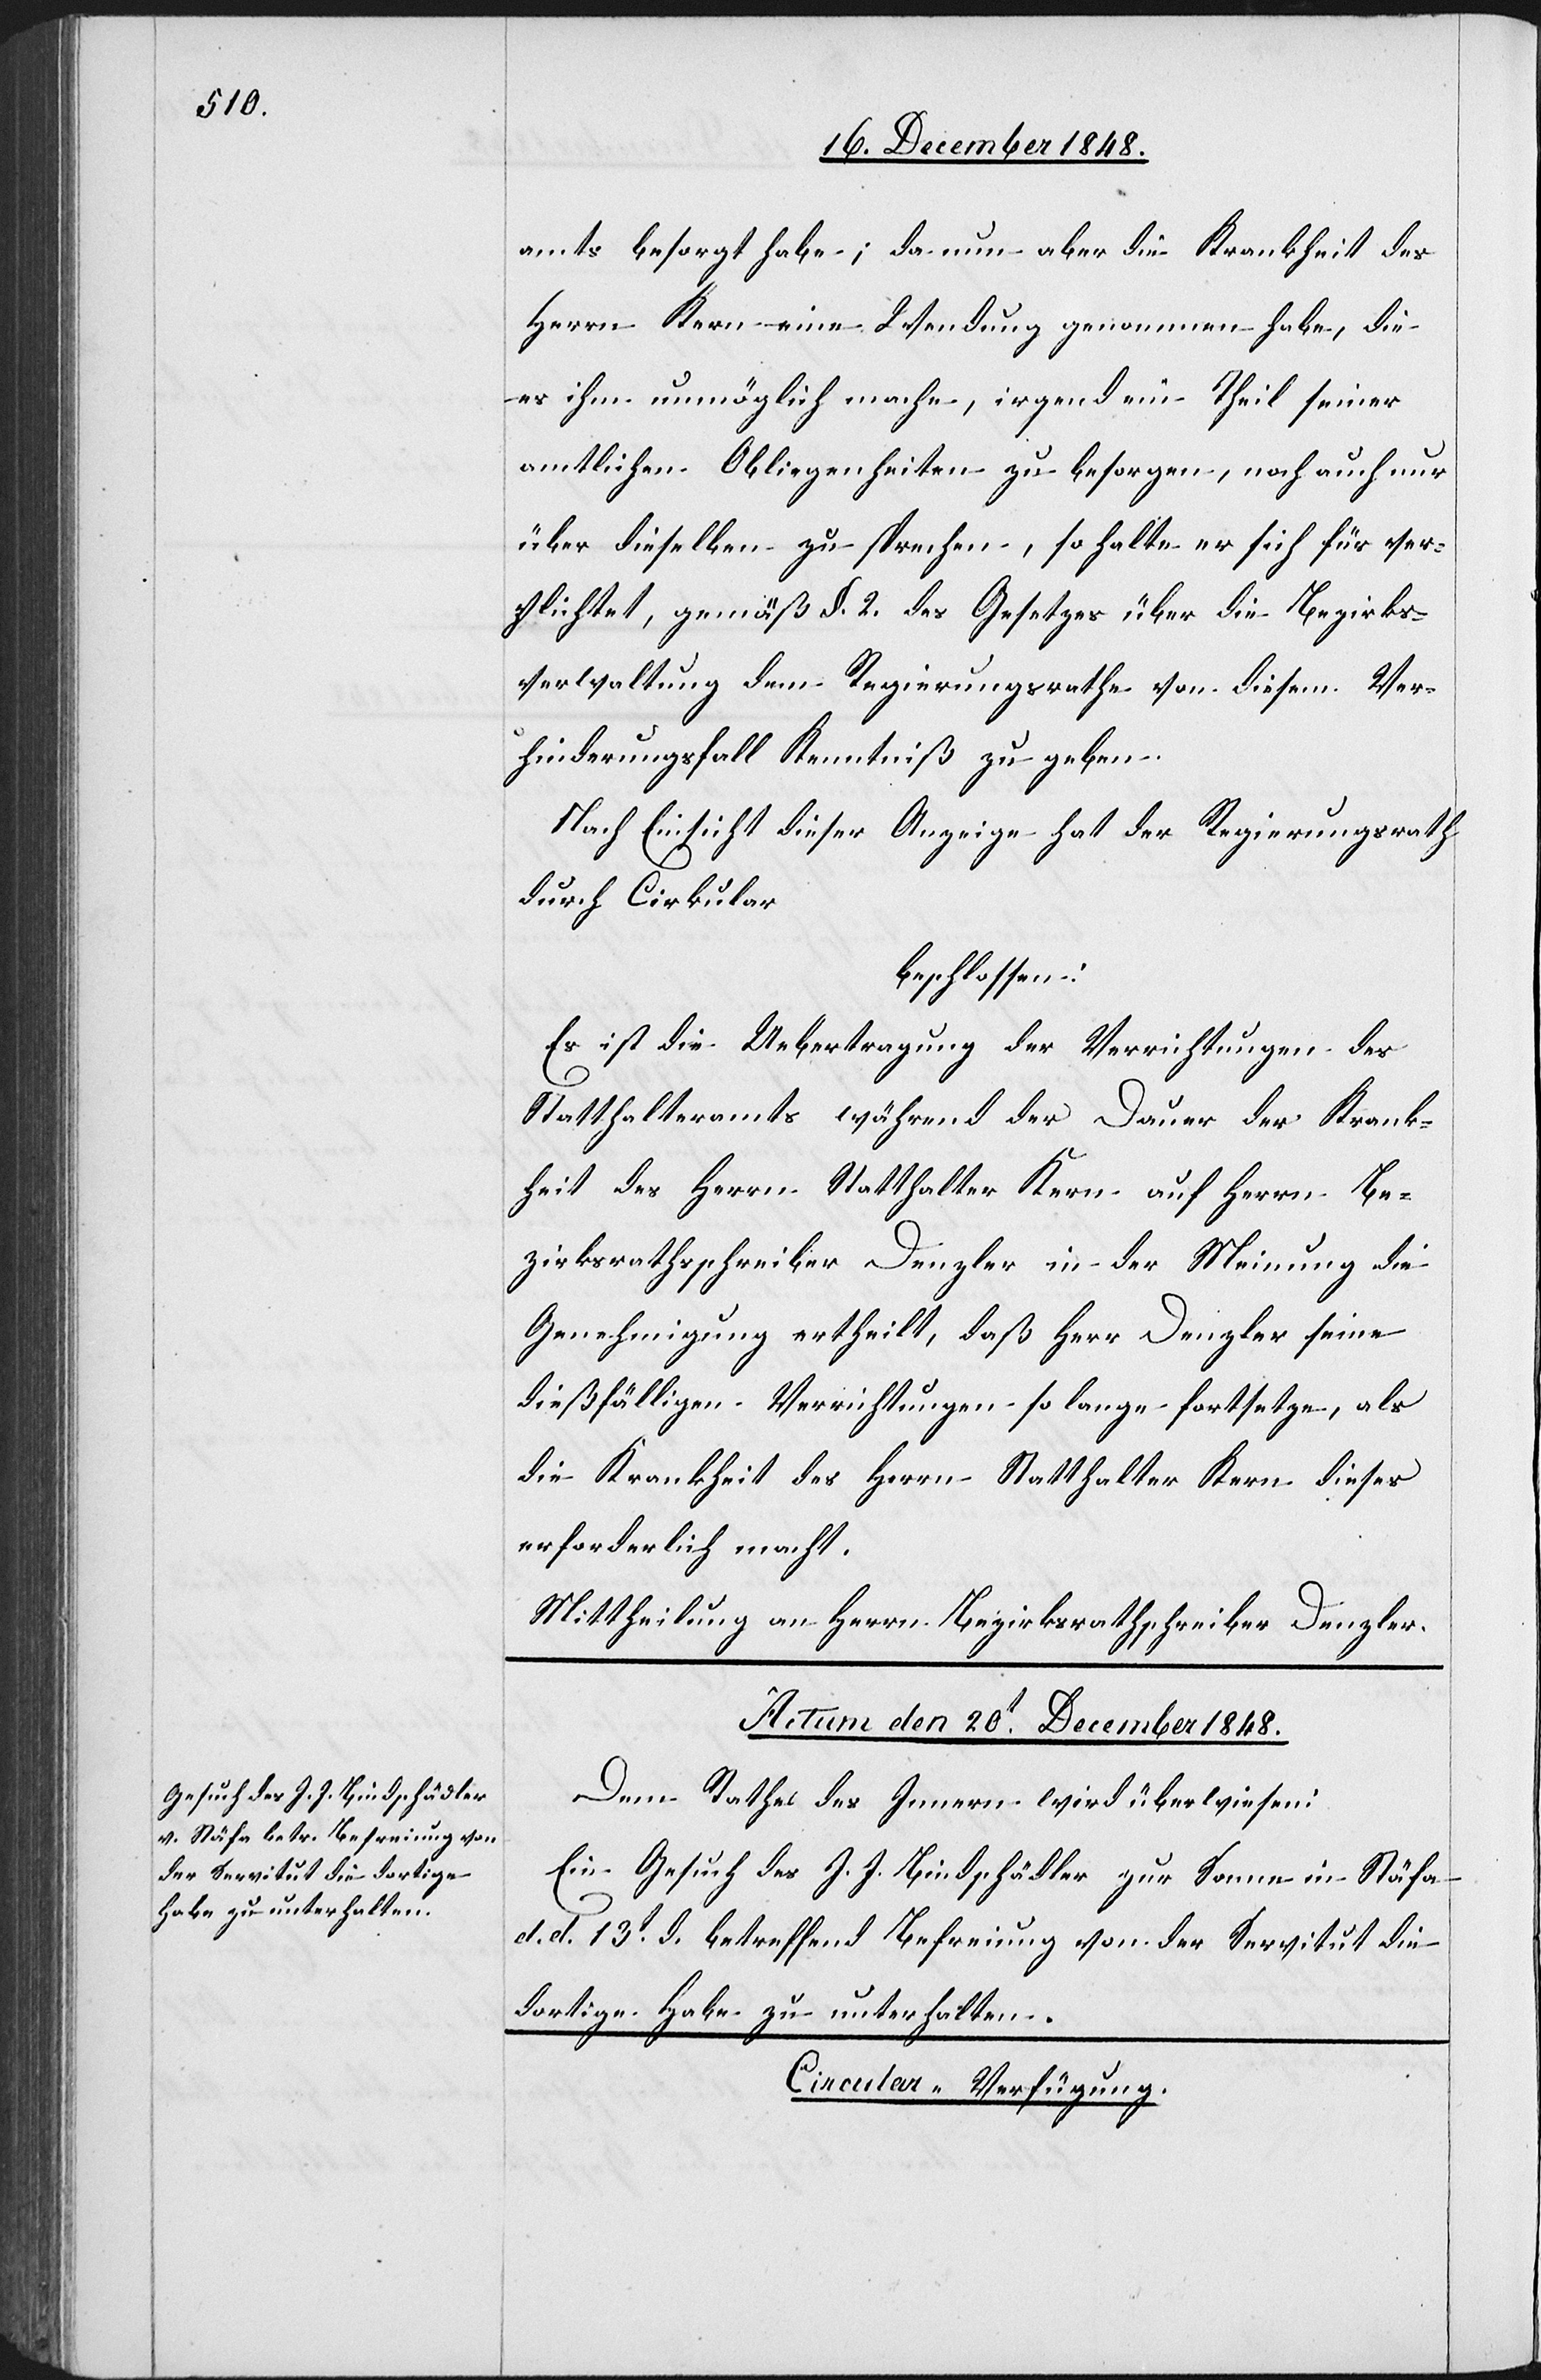
amts besorgt habe; da nun aber die Krankheit des
Herrn Kern eine Wendung genommen habe, die
es ihm unmöglich mache, irgend ein Theil seiner
amtlichen Obliegenheiten zu besorgen, noch auch nur
über dieselben zu sprechen, so halte er sich für ver¬
pflichtet, gemäß §. 2. des Gesetzes über die Bezirks¬
verwaltung dem Regierungsrathe von diesem Ver¬
hinderungsfall Kenntniß zu geben.
Nach Einsicht dieser Anzeige hat der Regierungsrath
durch Cirkular
beschlossen:
Es ist die Uebertragung der Verrichtungen des
Statthalteramts während der Dauer der Krank¬
heit des Herrn Statthalter Kern auf Herrn Be¬
zirksrathsschreiber Denzler in der Meinung die
Genehmigung ertheilt, daß Herr Denzler seine
dießfälligen Verrichtungen so lange fortsetze, als
die Krankheit des Herrn Statthalter Kern dieses
erforderlich macht.
Mittheilung an Herrn Bezirkrathschreiber Denzler.
Actum den 20t December 1848.
Dem Rathe des Innern wird überwiesen:
Ein Gesuch des J. J. Bindschädler zur Sonne in Stäfa
d. d. 13t d. betreffend Befreiung von der Servitut die
dortige Habe zu unterhalten.
Circular-Verfügung.